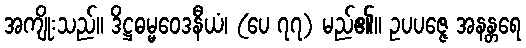
အကျိုးသည်။ ဒိဋ္ဌဓမ္မဝေဒနီယံ၊ (ပေ ၇၇) မည်၏။ ဥပပဇ္ဇေ အနန္တရေ